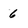
Character: 6